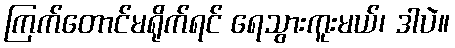
ကြက်တောင်မရိုက်ရင် ရေသွားကူးမယ်၊ ဒါပဲ။